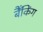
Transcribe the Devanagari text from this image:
बैँकिंग